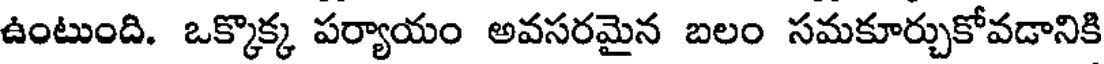
ఉంటుంది. ఒక్కొక్క పర్యాయం అవసరమైన బలం సమకూర్చుకోవడానికి